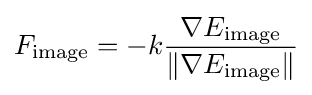
F_{\text}=-k{\frac {\nabla E_{\text}}{\|\nabla E_{\text}\|}}